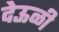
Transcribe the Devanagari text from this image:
देऊळी